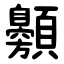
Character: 䫵